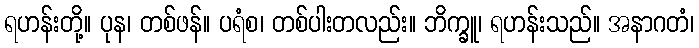
ရဟန်းတို့။ ပုန၊ တစ်ဖန်။ ပရံစ၊ တစ်ပါးတလည်း။ ဘိက္ခူ၊ ရဟန်းသည်။ အနာဂတံ၊